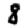
Digit: 8